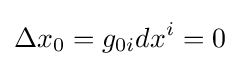
\Delta x_{0}=g_{0i}dx^{i}=0